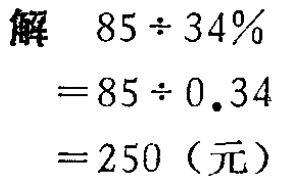
解

\[

\begin{align*}

&85\div34\%\\

=&85\div0.34\\

=&250 \text{（元）}

\end{align*}

\]